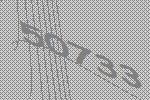
50733